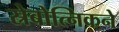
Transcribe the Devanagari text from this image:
स्रेबोत्निकने